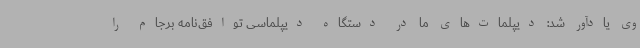
وی یادآور شد: دیپلمات‌های ما در دستگاه دیپلماسی توافق‌نامه برجام را